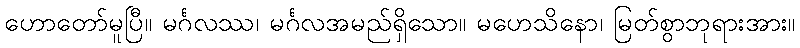
ဟောတော်မူပြီ။ မင်္ဂလဿ၊ မင်္ဂလအမည်ရှိသော။ မဟေသိနော၊ မြတ်စွာဘုရားအား။